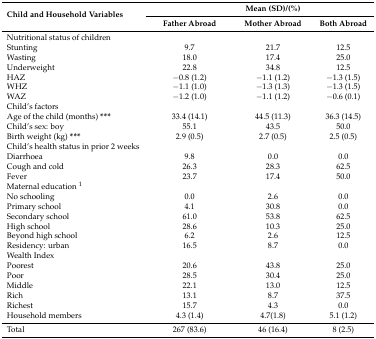
| <ROWSPAN=2> Child and Household Variables |  | Mean (SD)/(%) |  |
 | Father Abroad | Mother Abroad | Both Abroad |
 | --- | --- | --- | --- |
 | Nutritional status of children |  |  |  |
 | Stunting | 9.7 | 21.7 | 12.5 |
 | Wasting | 18.0 | 17.4 | 25.0 |
 | Underweight | 22.8 | 34.8 | 12.5 |
 | HAZ | −0.8 (1.2) | −1.1 (1.2) | −1.3 (1.5) |
 | WHZ | −1.1 (1.0) | −1.3 (1.3) | −1.3 (1.5) |
 | WAZ | −1.2 (1.0) | −1.1 (1.2) | −0.6 (0.1) |
 | Child’s factors |  |  |  |
 | Age of the child (months)*** | 33.4 (14.1) | 44.5 (11.3) | 36.3 (14.5) |
 | Child’s sex: boy | 55.1 | 43.5 | 50.0 |
 | Birth weight (kg)*** | 2.9 (0.5) | 2.7 (0.5) | 2.5 (0.5) |
 | Child’s health status in prior 2 weeks |  |  |  |
 | Diarrhoea | 9.8 | 0.0 | 0.0 |
 | Cough and cold | 26.3 | 28.3 | 62.5 |
 | Fever | 23.7 | 17.4 | 50.0 |
 | Maternal education 1 |  |  |  |
 | No schooling | 0.0 | 2.6 | 0.0 |
 | Primary school | 4.1 | 30.8 | 0.0 |
 | Secondary school | 61.0 | 53.8 | 62.5 |
 | High school | 28.6 | 10.3 | 25.0 |
 | Beyond high school | 6.2 | 2.6 | 12.5 |
 | Residency: urban | 16.5 | 8.7 | 0.0 |
 | Wealth Index |  |  |  |
 | Poorest | 20.6 | 43.8 | 25.0 |
 | Poor | 28.5 | 30.4 | 25.0 |
 | Middle | 22.1 | 13.0 | 12.5 |
 | Rich | 13.1 | 8.7 | 37.5 |
 | Richest | 15.7 | 4.3 | 0.0 |
 | Household members | 4.3 (1.4) | 4.7(1.8) | 5.1 (1.2) |
 | Total | 267 (83.6) | 46 (16.4) | 8 (2.5) |